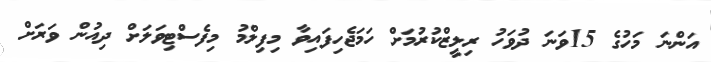
އަންނަ މަހުގެ 15ވަނަ ދުވަހު ރިލީޒްކުރުމަށް ހަމަޖެހިފައިވާ މިފިލްމު މިފެސްޓިވަލަށް ދިއުން ވަރަށް